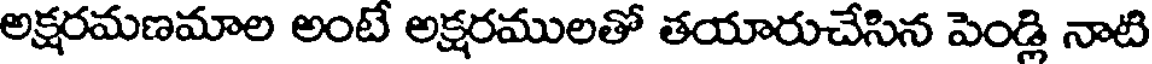
అక్షరమణమాల అంటే అక్షరములతో తయారుచేసిన పెండ్లి నాటి